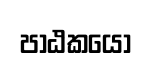
පාඨකයෝ